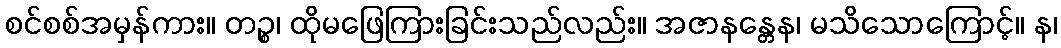
စင်စစ်အမှန်ကား။ တဉ္စ၊ ထိုမဖြေကြားခြင်းသည်လည်း။ အဇာနန္တေန၊ မသိသောကြောင့်။ န၊